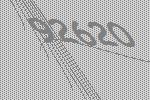
92620